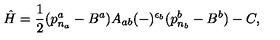
\hat { H } = \frac { 1 } { 2 } ( p _ { n _ { a } } ^ { a } - B ^ { a } ) A _ { a b } ( - ) ^ { \epsilon _ { b } } ( p _ { n _ { b } } ^ { b } - B ^ { b } ) - C ,